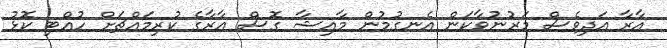
އާރާ އަދިވެސް މަރުނުވާކަން އެނގުމުން މާއިޝާ ގޮސް އާރާގެ ކުރިމައްޗަށް ހުއްޓި ކޮޅު